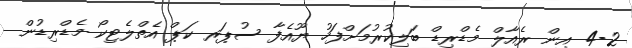
4-2 އިން ރެއާލް މެޑްރިޑް ބަލިކުރުމަށްފަހު ޔޫއެފާ ސުޕަރ ކަޕް އެތްލެޓިކޯ މެޑްރިޑުން